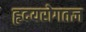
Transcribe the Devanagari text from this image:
हृदयरोगतज्ञ